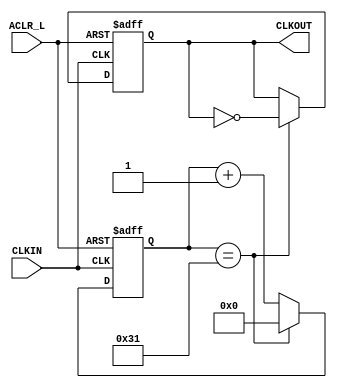
`timescale 1ns/1ps

module ClkDiv100(CLKIN, ACLR_L, CLKOUT);
input CLKIN, ACLR_L;
output CLKOUT;

reg CLKOUT;
reg [5:0] divcnt_i;
wire clkdiv_roll;

assign clkdiv_roll = (divcnt_i == 49);

always @(posedge CLKIN or negedge ACLR_L)
   begin
      if(ACLR_L == 1'b0)
         divcnt_i <= 6'b000000;
      else if(clkdiv_roll == 1'b1)
         divcnt_i <= 6'b000000;
      else
         divcnt_i <= divcnt_i + 1;
   end

always @(posedge CLKIN or negedge ACLR_L)
   begin
      if(ACLR_L == 1'b0)
         CLKOUT <= 1'b0;
      else if(clkdiv_roll == 1'b1)
         CLKOUT <= ~CLKOUT;
   end

endmodule